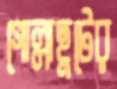
গোল্লাছুটের